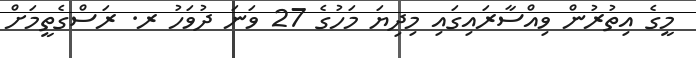
މީގެ އިތުރުން ވިއްސާރައިގައި މިދިޔަ މަހުގެ 27 ވަނަ ދުވަހު ރ. ރަސްގެތީމަށް